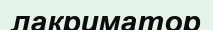
лакриматор